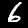
Label: 6